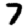
Digit: 7